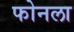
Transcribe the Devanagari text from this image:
फोनला